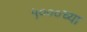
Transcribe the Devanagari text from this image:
५०००च्या